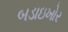
બડાઇખોર